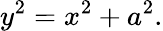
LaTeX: y^{2}=x^{2}+a^{2}.